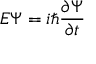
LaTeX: E \Psi = i \hbar { \frac { \partial \Psi } { \partial t } } \,